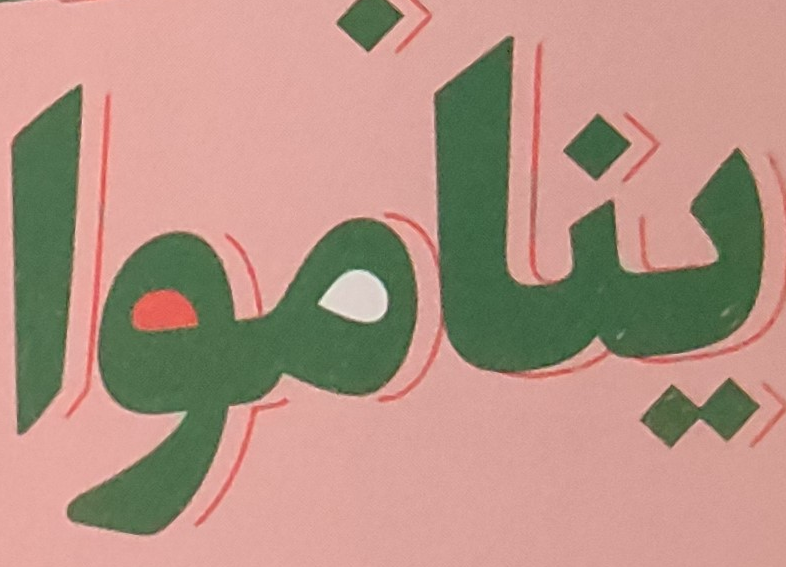
يناموا